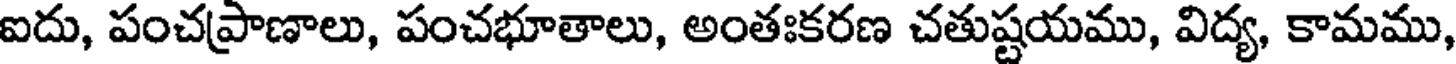
ఐదు, పంచప్రాణాలు, పంచభూతాలు, అంతఃకరణ చతుష్టయము, విద్య, కామము,